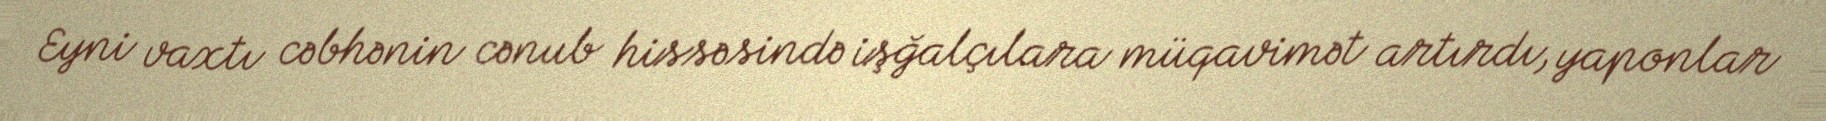
Eyni vaxtı cəbhənin cənub hissəsində işğalçılara müqavimət artırdı, yaponlar